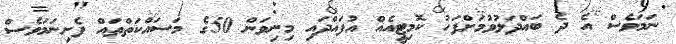
ނަމަވެސް އެ ދެ ބައްދަލުވުމަށްފަހު ކޮމިޓީއެއް އުފައްދައި މިނިވަން 50ގެ މަސައްކަތްތައް ފެށިނަމަވެސް